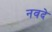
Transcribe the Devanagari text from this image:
नवदे